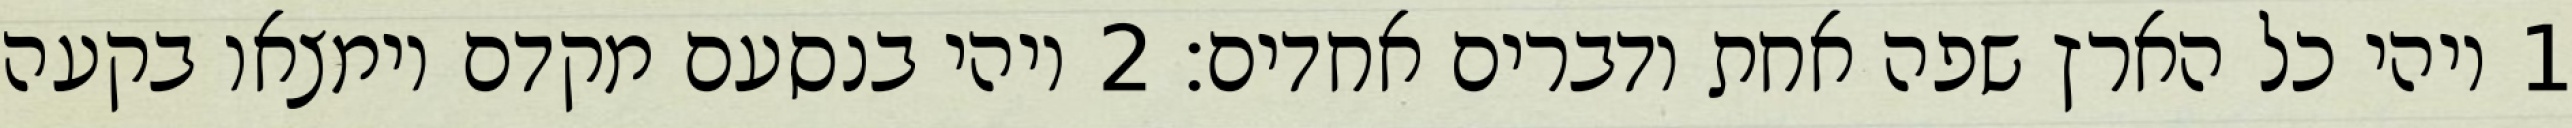
1 ויהי כל הארץ שפה אחת ודברים אחדים׃ ‎2‏ ויהי בנסעם מקדם וימצאו בקעה